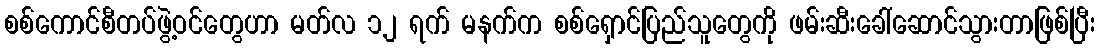
စစ်ကောင်စီတပ်ဖွဲ့ဝင်တွေဟာ မတ်လ ၁၂ ရက် မနက်က စစ်ရှောင်ပြည်သူတွေကို ဖမ်းဆီးခေါ်ဆောင်သွားတာဖြစ်ပြီး